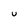
Character: u